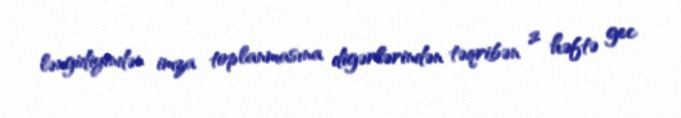
ləngidiyindən imza toplanmasına digərlərindən təqribən 2 həftə gec